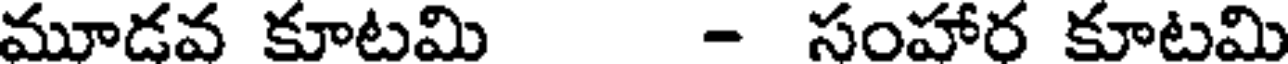
మూడవ కూటమి - సంహార కూటమి